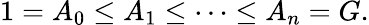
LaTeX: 1=A_{0}\leq A_{1}\leq\cdots\leq A_{n}=G.